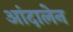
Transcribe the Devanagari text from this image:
आंदालेन